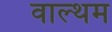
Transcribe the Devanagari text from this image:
वाल्थम